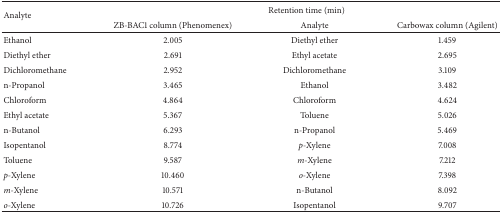
<table><thead><tr><td rowspan="2"><b>Analyte</b></td><td colspan="3"><b>Retention time (min)</b></td></tr><tr><td><b>ZB-BAC1 column (Phenomenex)</b></td><td><b>Analyte</b></td><td><b>Carbowax column (Agilent)</b></td></tr></thead><tbody><tr><td>Ethanol</td><td>2.005</td><td>Diethyl ether</td><td>1.459</td></tr><tr><td>Diethyl ether</td><td>2.691</td><td>Ethyl acetate</td><td>2.695</td></tr><tr><td>Dichloromethane</td><td>2.952</td><td>Dichloromethane</td><td>3.109</td></tr><tr><td>n-Propanol</td><td>3.465</td><td>Ethanol</td><td>3.482</td></tr><tr><td>Chloroform</td><td>4.864</td><td>Chloroform</td><td>4.624</td></tr><tr><td>Ethyl acetate</td><td>5.367</td><td>Toluene</td><td>5.026</td></tr><tr><td>n-Butanol</td><td>6.293</td><td>n-Propanol</td><td>5.469</td></tr><tr><td>Isopentanol</td><td>8.774</td><td><i>p</i>-Xylene</td><td>7.008</td></tr><tr><td>Toluene</td><td>9.587</td><td><i>m</i>-Xylene</td><td>7.212</td></tr><tr><td><i>p</i>-Xylene</td><td>10.460</td><td><i>o</i>-Xylene</td><td>7.398</td></tr><tr><td><i>m</i>-Xylene</td><td>10.571</td><td>n-Butanol</td><td>8.092</td></tr><tr><td><i>o</i>-Xylene</td><td>10.726</td><td>Isopentanol</td><td>9.707</td></tr></tbody></table>